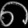
Digit: ၈